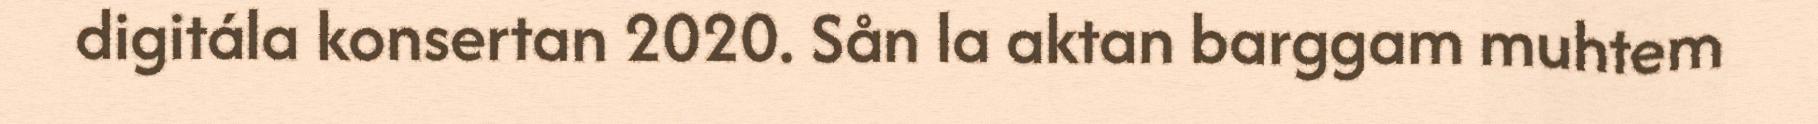
digitála konsertan 2020. Sån la aktan barggam muhtem